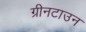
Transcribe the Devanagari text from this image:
ग्रीनटाउन